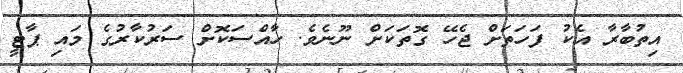
އިތުބާރާ އެކު ފަހަތަށް ޖެހޭ ގޮތަކަށް ނޫނެވެ. ހާއްސަކޮށް ސަރުކާރުގެ މައި ޕާޓީ